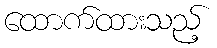
ထောက်ထားသည့်